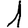
Digit: 1